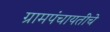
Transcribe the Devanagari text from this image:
ग्रामपंचायतींचे